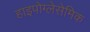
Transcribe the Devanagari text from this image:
हाइपोग्लेसेमिक